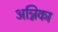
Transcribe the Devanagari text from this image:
अन्निका